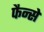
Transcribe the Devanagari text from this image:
फैन्से